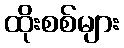
ထိုးစစ်များ